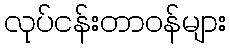
လုပ်ငန်းတာဝန်များ